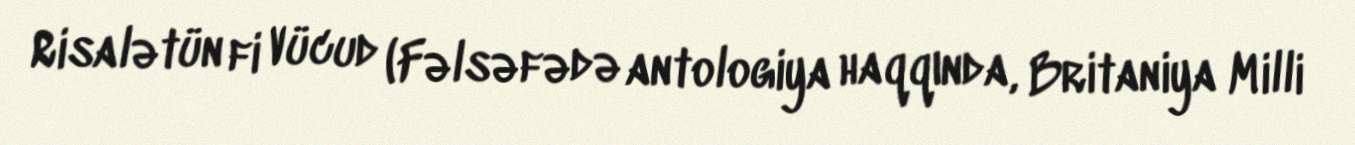
Risalətün fi Vücud (Fəlsəfədə antologiya haqqında, Britaniya Milli